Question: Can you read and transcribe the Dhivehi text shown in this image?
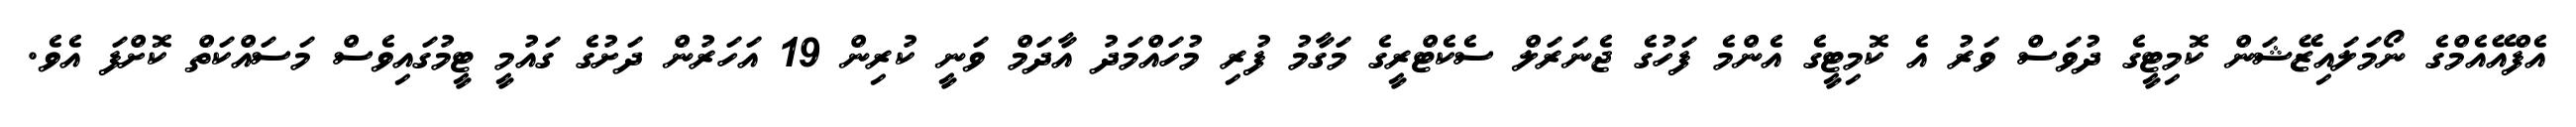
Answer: އެފްއޭއެމްގެ ނޯމަލައިޒޭޝަން ކޮމިޓީގެ ދުވަސް ވަރު އެ ކޮމިޓީގެ އެންމެ ފަހުގެ ޖެނަރަލް ސެކެޓްރީގެ މަގާމު ފުރި މުހައްމަދު އާދަމް ވަނީ ކުރިން 19 އަހަރުން ދަށުގެ ގައުމީ ޓީމުގައިވެސް މަސައްކަތް ކޮށްފަ އެވެ.